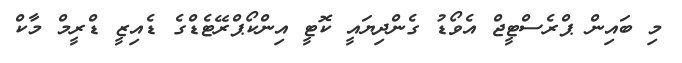
މި ބައިން ޕްރެސްޓީޖް އެވޯޑު ގެންދިޔައީ ކޮޓީ އިންކޯޕްރޭޓެޑްގެ ޑެއިޒީ ޑްރީމް މާކް